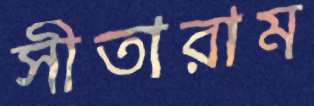
সীতারাম